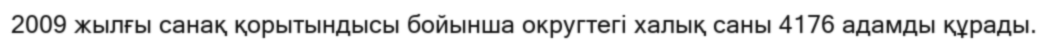
2009 жылғы санақ қорытындысы бойынша округтегі халық саны 4176 адамды құрады.